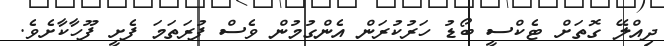
ދިއްލޭ ގޮތަށް ޓެކްސީ ބޯޑު ހަރުކުރަން އެންގުމުން ވެސް ފުރަތަމަ ފެށީ ފޫހާކާށެވެ.